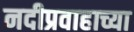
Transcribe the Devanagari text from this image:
नदीप्रवाहाच्या